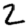
Digit: 2